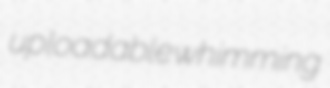
uploadable whimming